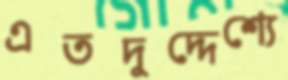
এতদুদ্দেশ্যে